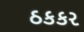
ઠકકર